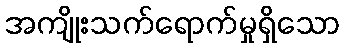
အကျိုးသက်ရောက်မှုရှိသော